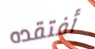
أفتقده